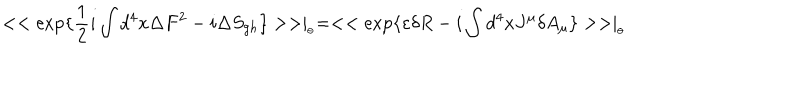
< < \exp \{ \frac { 1 } { 2 } i \int d ^ { 4 } x \Delta F ^ { 2 } - i \Delta S _ { g h } \} > > \mid _ { _ { \theta } } = < < \exp \{ \varepsilon \delta R - i \int d ^ { 4 } x J ^ { \mu } \delta A _ { \mu } \} > > \mid _ { _ { \theta } }